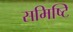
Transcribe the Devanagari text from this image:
समिष्टि